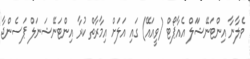
ވެލާނާ އިންޓަނޭޝަަލް އެއާޕޯޓް (ވީއައޭ) ގައި އަލަށް އިމާރާތް ކުރާ އިންޓަނޭޝަނަލް ޕަސެންޖާ